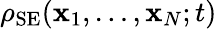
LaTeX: \rho_{\mathrm{SE}}({\mathbf x}_{1},\ldots,{\mathbf x}_{N};t)